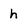
Character: h